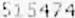
515474